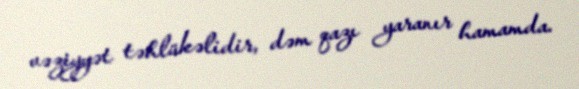
vəziyyət təhlükəlidir, dəm qazı yaranır hamamda.